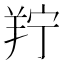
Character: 羜